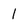
Character: 1